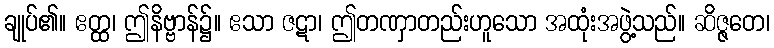
ချုပ်၏။ ဧတ္ထ၊ ဤနိဗ္ဗာန်၌။ ဧသာ ဇဋာ၊ ဤတဏှာတည်းဟူသော အထုံးအဖွဲ့သည်။ ဆိဇ္ဇတေ၊